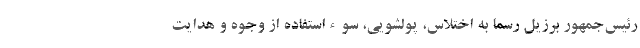
رئیس‌جمهور برزیل رسماً به اختلاس، پولشویی، سوءاستفاده از وجوه و هدایت